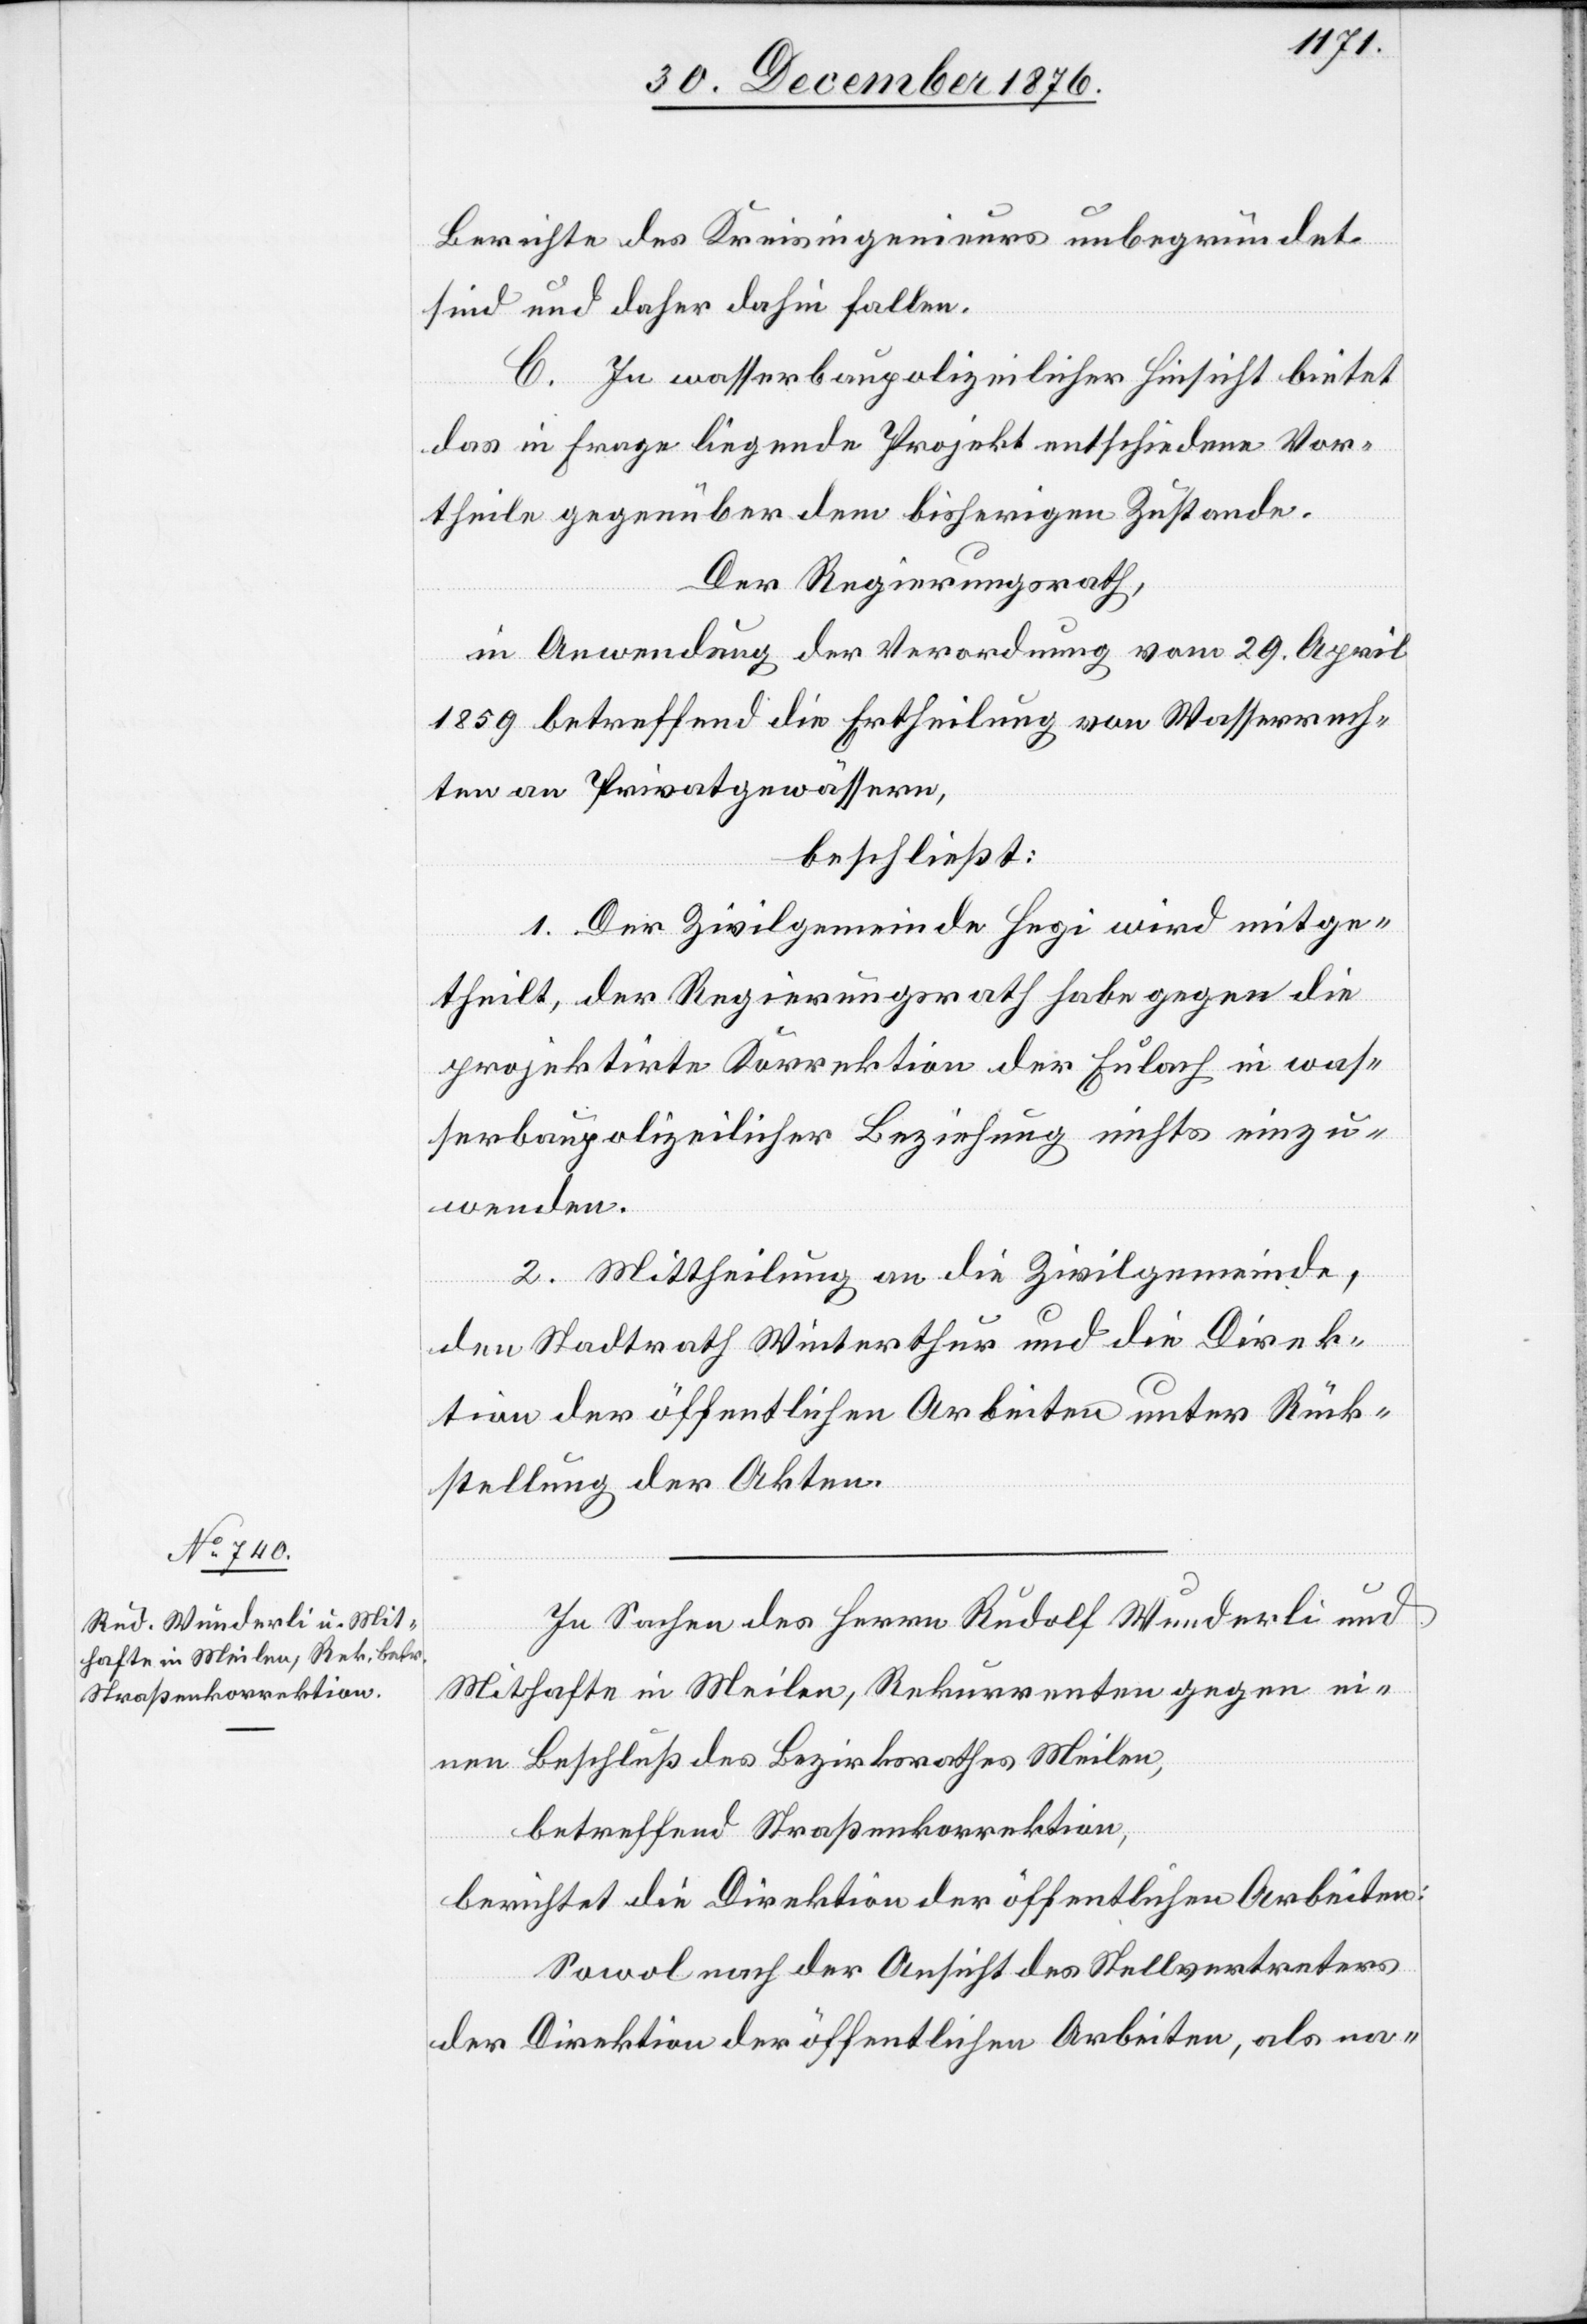
Berichte des Kreisingenieurs unbegründet
sind und daher dahin fallen.
C. In wasserbaupolizeilicher Hinsicht bietet
das in Frage liegende Projekt entschiedene Vor¬
theile gegenüber dem bisherigen Zustande-
Der Regierungsrath,
in Anwendung der Verordnung vom 29. April
1859 betreffend die Ertheilung von Wasserrech¬
ten an Privatgewässern,
beschließt:
1. Der Zivilgemeinde Hegi wird mitge¬
theilt, der Regierungsrath habe gegen die
projektirte Korrektion der Eulach in was¬
serbaupolizeilicher Beziehung nichts einzu¬
wenden.
2. Mittheilung an die Zivilgemeinde,
den Stadtrath Winterthur und die Direk¬
tion der öffentlichen Arbeiten unter Rück¬
stellung der Akten.
In Sachen des Herrn Rudolf Wunderli und
Mithafte in Meilen, Rekurrenten gegen ei¬
nen Beschluß des Bezirksrathes Meilen,
betreffend Straßenkorrektion,
berichtet die Direktion der öffentlichen Arbeiten:
Sowol nach der Ansicht des Stellvertreters
der Direktion der öffentlichen Arbeiten, als na-